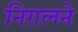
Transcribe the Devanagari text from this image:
निग़लने